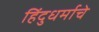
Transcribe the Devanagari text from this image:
हिंदुधर्माचे